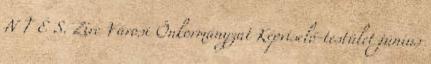
N T É S. Zirc Városi Önkormányzat Képviselő-testület június